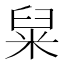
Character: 䊆